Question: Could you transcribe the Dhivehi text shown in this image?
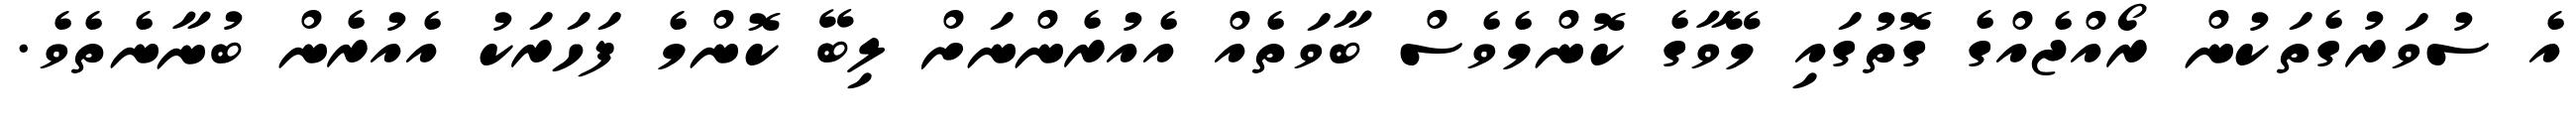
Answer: އެ ސުވަރުގެތަކުން ރޯއްޖެއްގެ ގޮތުގައި މޭވާގެ ކޮންމެވެސް ބާވަތެއް އެއުރެންނަށް ލިބޭ ކޮންމެ ފަހަރަކު އެއުރެން ބުނާނެތެވެ.